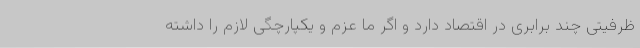
ظرفیتی چند برابری در اقتصاد دارد و اگر ما عزم و یکپارچگی لازم را داشته